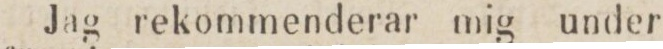
Jag rekommenderar mig under